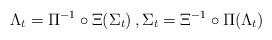
LaTeX: \begin{align*}\Lambda_t & = \Pi^{-1}\circ\Xi(\Sigma_t)\,,\Sigma_t = \Xi^{-1}\circ\Pi(\Lambda_t)\end{align*}